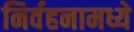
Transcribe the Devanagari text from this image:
निर्वहनामध्ये